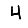
Digit: 4